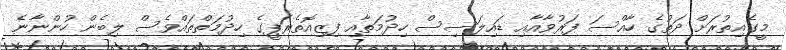
މީގެއިތުރަށް ދަތުގެ ހާއްސަ ފަރުވާއާއި ޑައިލަސިސް ހިދުމަތާއި ފިޒިއޮތެރަޕީގެ ހިދުމަތްތައްވެސް ލިބެން ހުންނާނެ